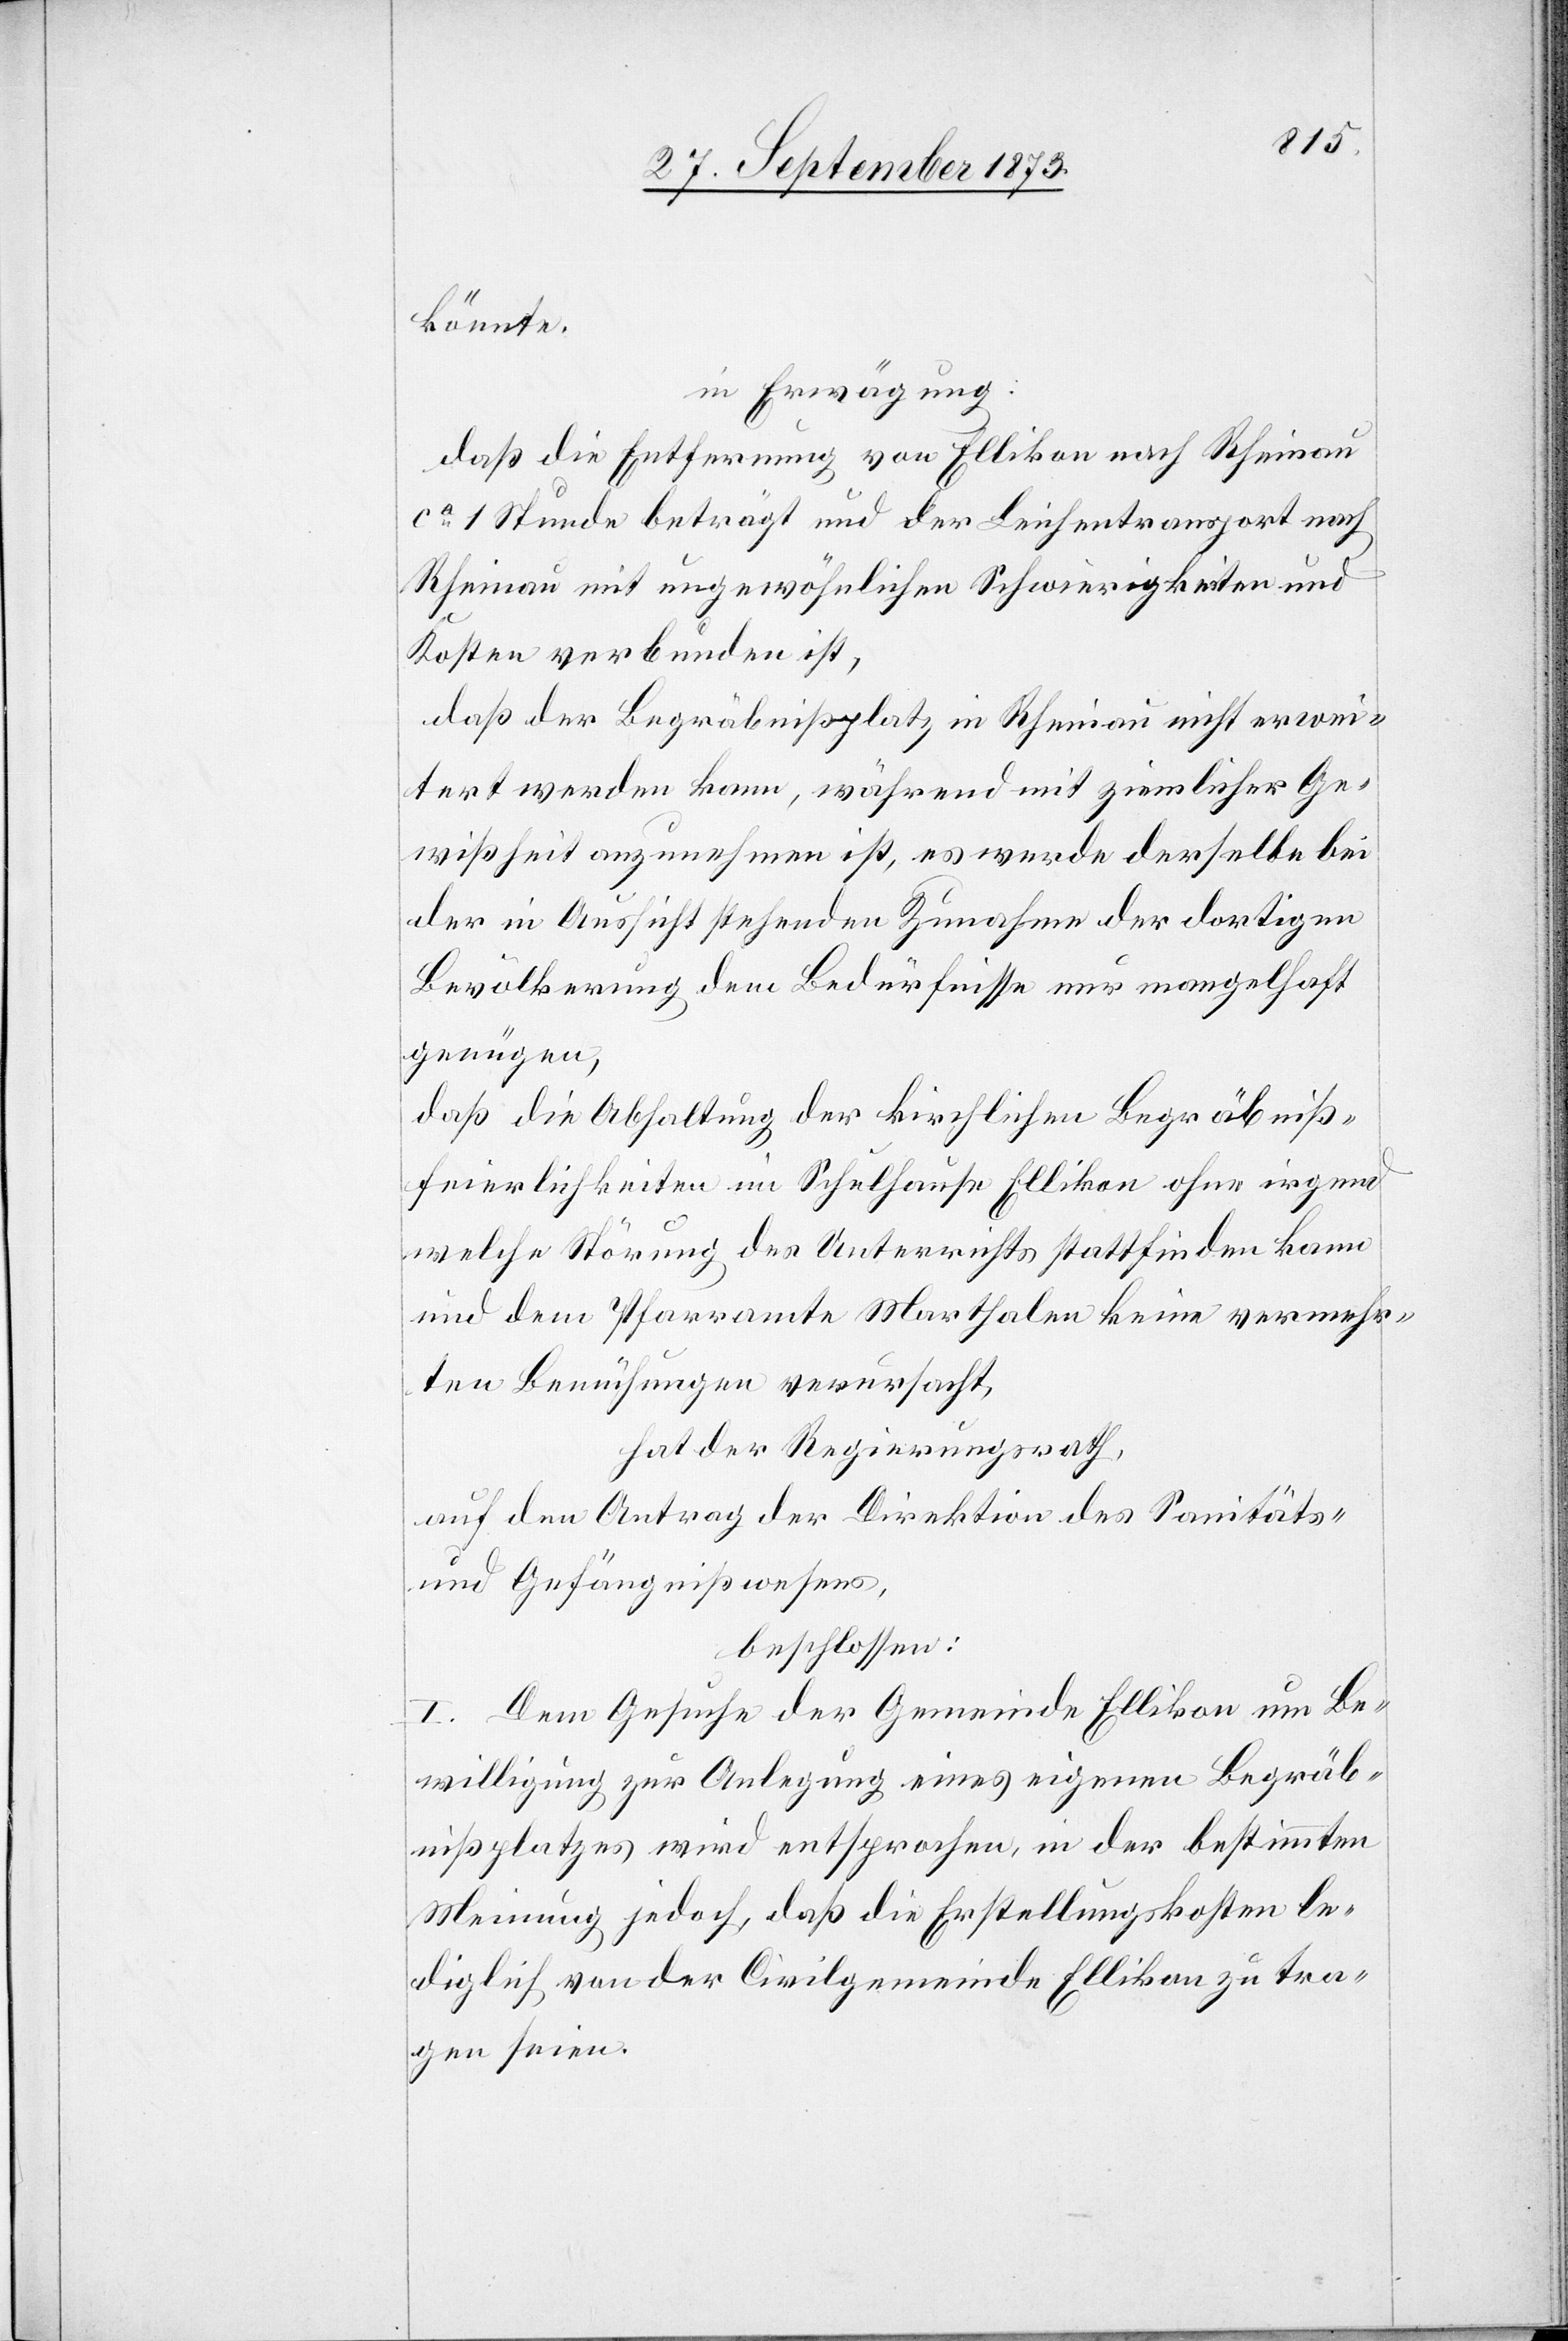
könnte.
in Erwägung:
daß die Entfernung von Ellikon nach Rheinau
ca 1 Stunde beträgt und der Leichentransport nach
Rheinau mit ungewöhnlichen Schwierigkeiten und
Kosten verbunden ist,
daß der Begräbnißplatz in Rheinau nicht erwei¬
tert werden kann, während mit ziemlicher Ge¬
wißheit anzunehmen ist, es werde derselbe bei
der in Aussicht stehenden Zunahme der dortigen
Bevölkerung dem Bedürfnisse nur mangelhaft
genügen,
daß die Abhaltung der kirchlichen Begräbniß¬
feierlichkeiten im Schulhause Ellikon ohne irgend
welche Störung des Unterrichts stattfinden kann
und dem Pfarramte Marthalen keine vermehr¬
ten Bemühungen verursacht,
hat der Regierungsrath,
auf den Antrag der Direktion des Sanitäts-
und Gefängnißwesens,
beschlossen:
I. Dem Gesuch der Gemeinde Ellikon um Be¬
willigung zur Anlegung eines eigenen Begräb¬
nißplatzes wird entsprochen, in der bestimmten
Meinung jedoch, daß die Erstellungskosten le¬
diglich von der Civilgemeinde Ellikon zu tra¬
gen seien.